65_HS1-834228961_62-HQ-83894_Section_1
Agency: FBI
Page 175
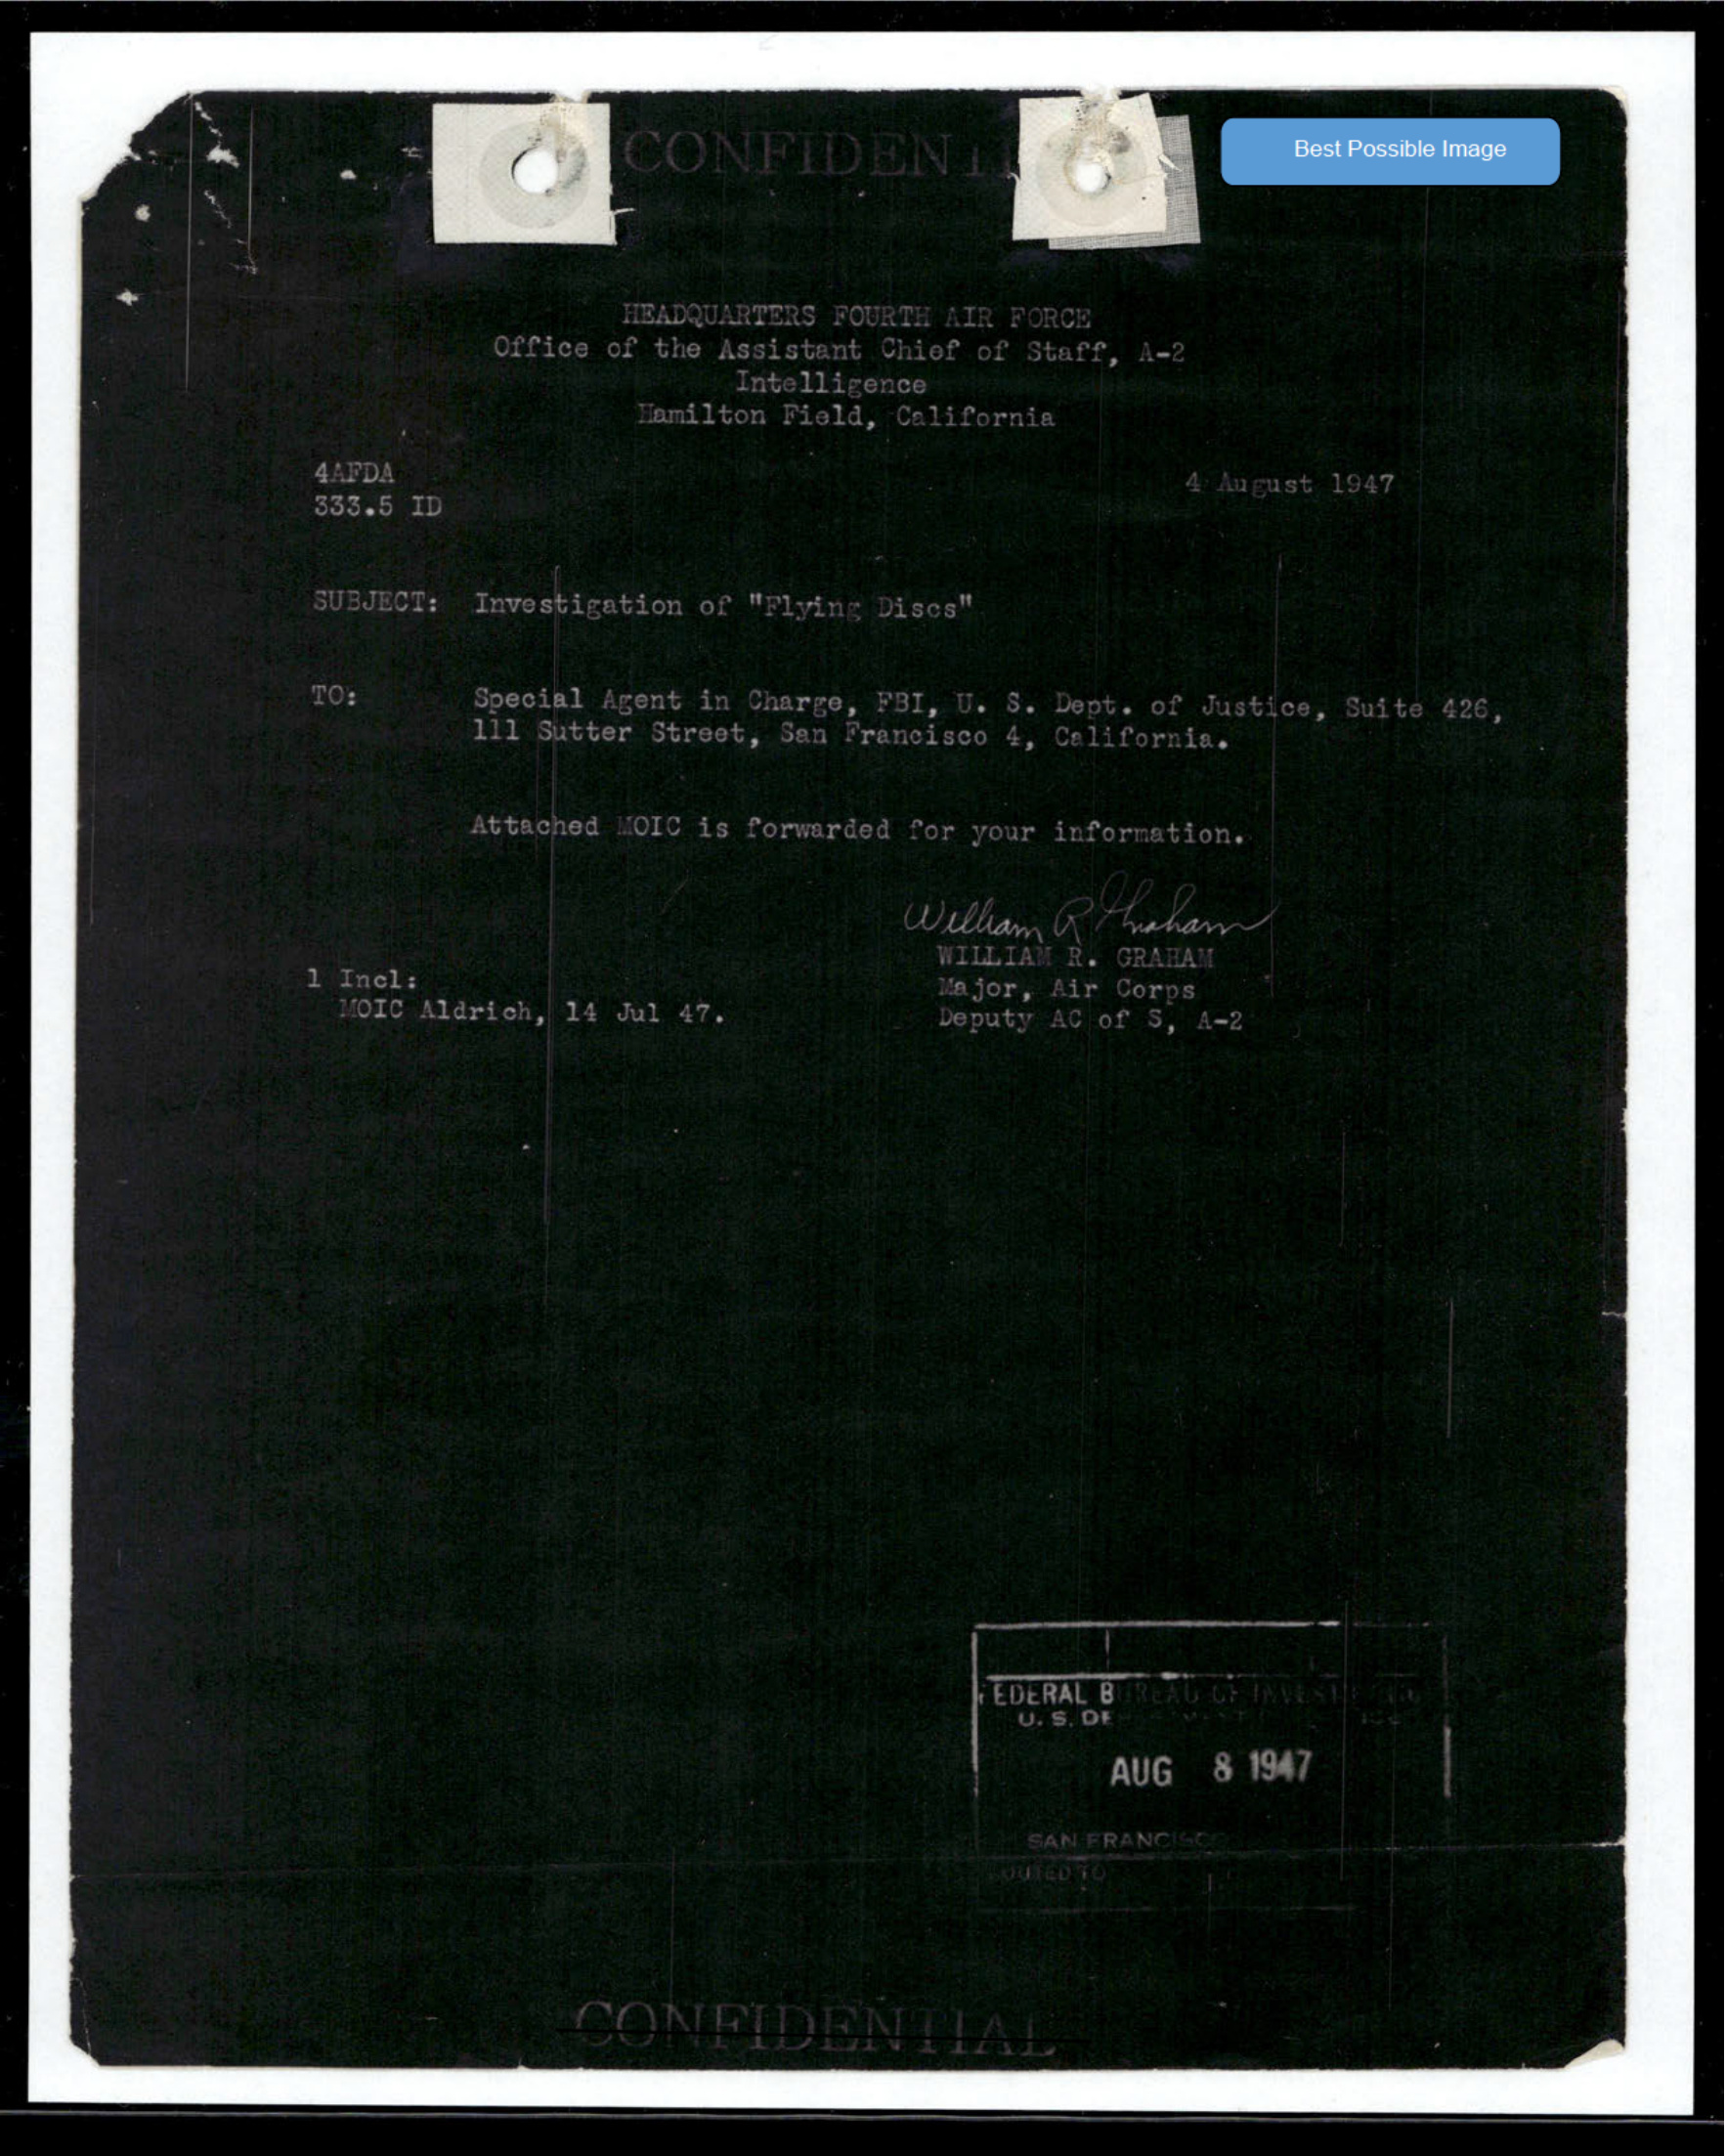